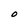
Character: O